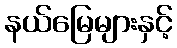
နယ်မြေများနှင့်